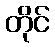
တိုင်